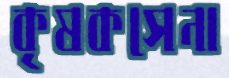
কৃষকসেনা